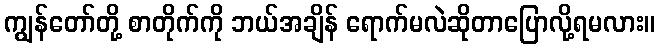
ကျွန်တော်တို့ စာတိုက်ကို ဘယ်အချိန် ရောက်မလဲဆိုတာပြောလို့ရမလား။